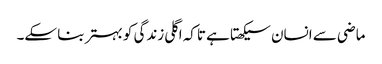
ماضی سے انسان سیکھتا ہے تاکہ اگلی زندگی کو بہتر بنا سکے۔